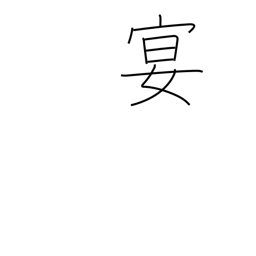
Meaning: party